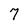
Character: 7